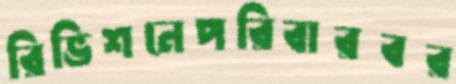
রিভিশনেপরিবারবর